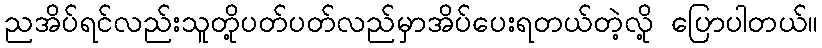
ညအိပ်ရင်လည်းသူတို့ပတ်ပတ်လည်မှာအိပ်ပေးရတယ်တဲ့လို့ ပြောပါတယ်။